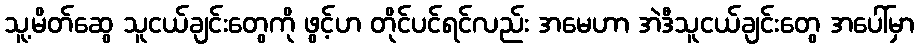
သူ့မိတ်ဆွေ သူငယ်ချင်းတွေကို ဖွင့်ဟ တိုင်ပင်ရင်လည်း အမေဟာ အဲဒီသူငယ်ချင်းတွေ အပေါ်မှာ